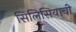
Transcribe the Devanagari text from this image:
सिलिसियाची